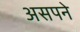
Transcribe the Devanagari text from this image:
असपने